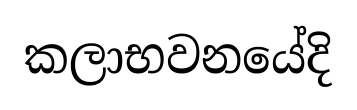
කලාභවනයේදි